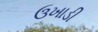
ઉખાડી